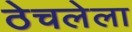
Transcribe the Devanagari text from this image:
ठेचलेला